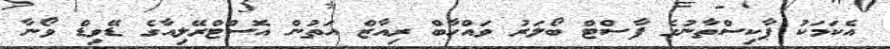
އެކަމަކު ޕާކިސްތާނުގެ ފާސްޓް ބޯލަރު ވައްހާބް ރިއާޒް އަތުން އޮސްޓްރޭލިއާގެ ޑޭވިޑް ވޯނާ